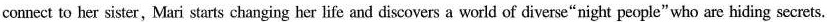
connect to her sister,Mari starts changing her life and discovers a world of diverse“night people"who are hiding secrets.